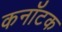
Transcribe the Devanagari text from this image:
कनॉटक